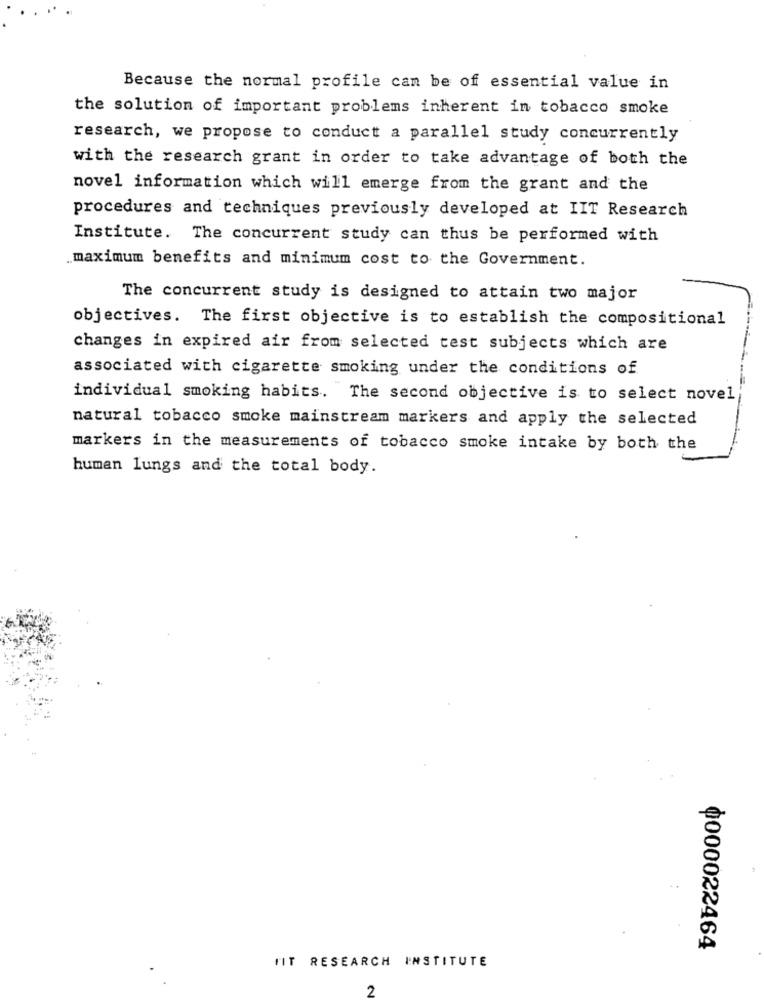
Because the normal profile can be of essential value in
the solution of important problems inherent in tobacco smoke
research, we propose to conduct a parallel study concurrently
with the research grant in order to take advantage of both the
novel information which will emerge from the grant and the
procedures and techniques previously developed at IIT Research
Institute. The concurrent study can thus be performed with
maximum benefits and minimum cost to the Government.
The concurrent study is designed to attain two major
objectives. The first objective is to establish the compositional
changes in expired air from selected test subjects which are
associated with cigarette smoking under the conditions of
individual smoking habits. The second objective is to select novel
natural tobacco smoke mainstream markers and apply the selected
markers in the measurements of tobacco smoke intake by both the
human lungs and the total body.
0000022464
FIT RESEARCH INSTITUTE
2